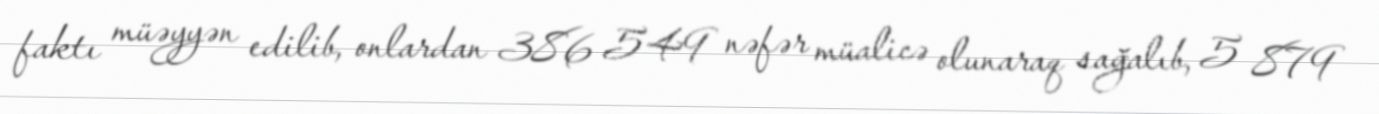
faktı müəyyən edilib, onlardan 386 549 nəfər müalicə olunaraq sağalıb, 5 879